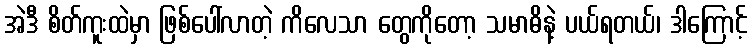
အဲဒီ စိတ်ကူးထဲမှာ ဖြစ်ပေါ်လာတဲ့ ကိလေသာ တွေကိုတော့ သမာဓိနဲ့ ပယ်ရတယ်၊ ဒါကြောင့်